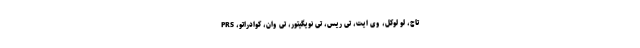
تاچ، لو لوکل، وی اِیت، تی ریس، تی نویگیتور، تی وان، کوادراتو، PRS